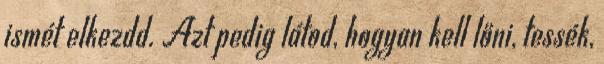
ismét elkezdd. Azt pedig látod, hogyan kell lőni, tessék,